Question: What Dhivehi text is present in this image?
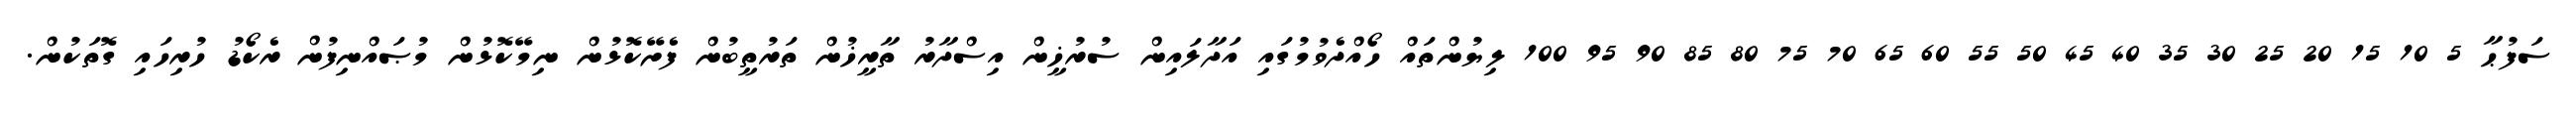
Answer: ސަފުޙާ 5 10 15 20 25 30 35 40 45 50 55 60 65 70 75 80 85 90 95 100 ލިޔުންތައް ހޯއްދެވުމުގައި އަދާލައިން ސުރުޚީން އިސްދާރު ތާރީޚުން ތަރުތީބުން ފެށޭކޮޅުން ނިމޭކޮޅުން މުޞައްނިފުން ރެކޯޑު ހުރިހައި ގޮތަކުން.